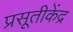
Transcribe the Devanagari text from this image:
प्रसूतीकेंद्र